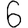
Digit: 6